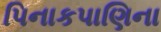
પિનાકપાણિના